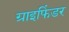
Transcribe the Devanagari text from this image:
ग्राइफिंडर